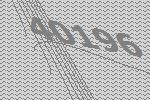
40196